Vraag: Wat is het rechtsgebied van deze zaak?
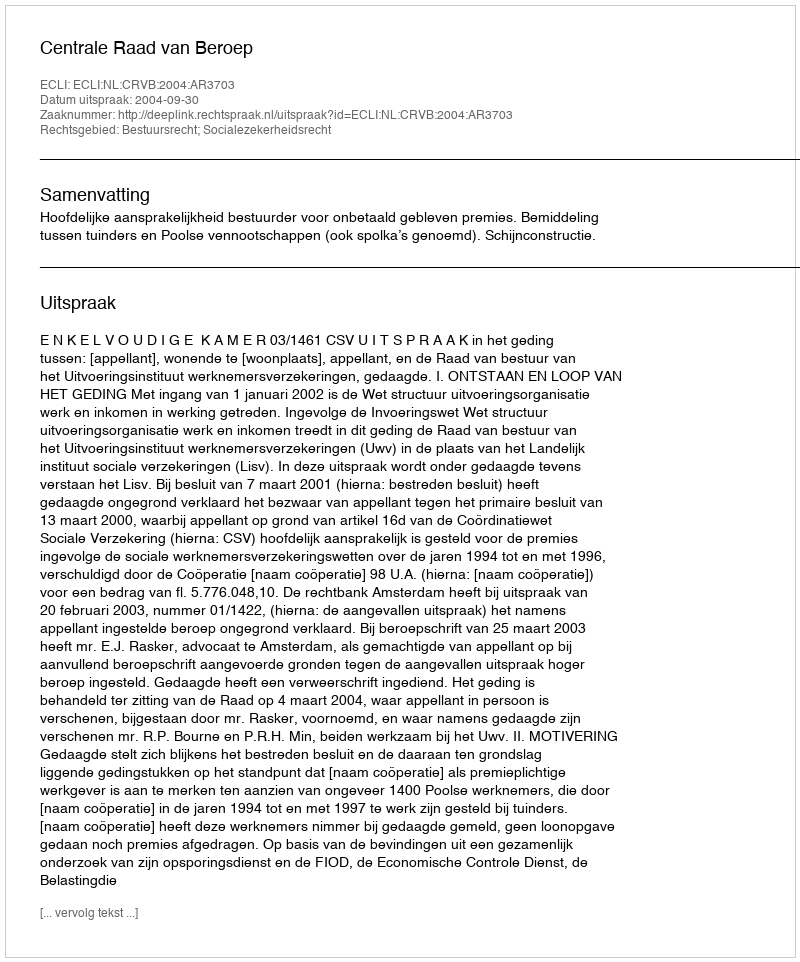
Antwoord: Bestuursrecht; Socialezekerheidsrecht